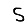
Digit: 5